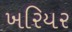
ખરિયર